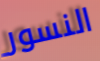
النسور